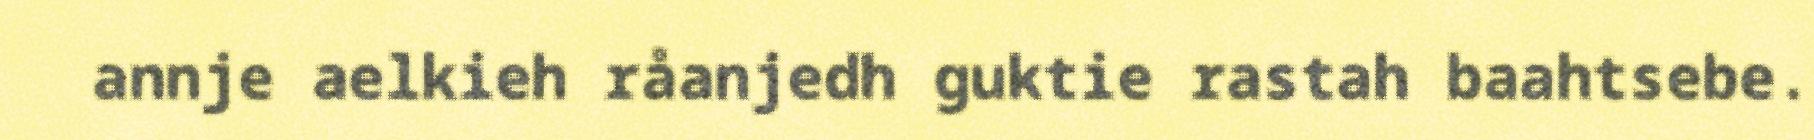
annje aelkieh råanjedh guktie rastah baahtsebe.